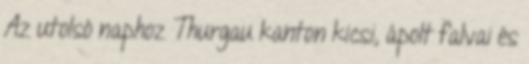
Az utolsó naphoz Thurgau kanton kicsi, ápolt falvai és